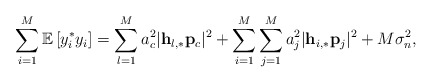
\begin{align*}\sum_{i=1}^{M}\mathbb{E}\left[y_i^* y_i\right]=\sum_{l=1}^M a_c^2\lvert\mathbf{h}_{l,*}\mathbf{p}_c\rvert^2+\sum_{i=1}^M\sum_{j=1}^M a_j^2\lvert\mathbf{h}_{i,*}\mathbf{p}_j\rvert^2+M\sigma_n^2,\end{align*}